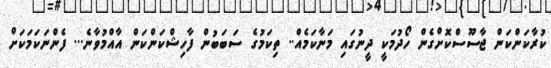
ކުރާކަންކަން ޖާސޫސްކޮށްގެން ހޯދުމަކީ ދީނުގައި މަނާކަމެއް.. ތިކަމުގެ ސަބަބުން ފާހިޝްކަންކަން އާއްމުވާނެ... ފެންނަކަމަކަށް